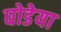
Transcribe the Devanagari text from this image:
घोडेया